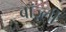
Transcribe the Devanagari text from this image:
बॉज़्ली